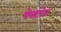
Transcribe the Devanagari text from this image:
पेक्टोज